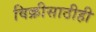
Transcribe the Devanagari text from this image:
विक्रीसाठीही